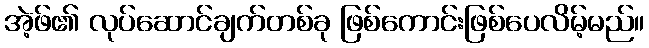
အဲ့ဖ်၏ လုပ်ဆောင်ချက်တစ်ခု ဖြစ်ကောင်းဖြစ်ပေလိမ့်မည်။